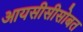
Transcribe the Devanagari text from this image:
आयसीसीसोबत